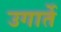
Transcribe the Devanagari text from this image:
उगार्ते